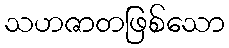
သဟဇာတဖြစ်သော